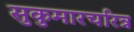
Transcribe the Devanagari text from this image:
सुकुमारचरित्र